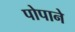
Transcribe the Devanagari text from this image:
पोपाने